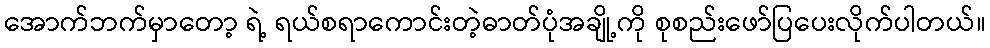
အောက်ဘက်မှာတော့ ရဲ့ ရယ်စရာကောင်းတဲ့ဓာတ်ပုံအချို့ကို စုစည်းဖော်ပြပေးလိုက်ပါတယ်။